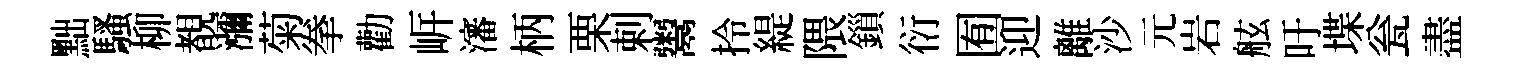
黜騷柳覩瀰菊拳勸㟁瀋柄栗剌鬻拎緹隈鎻衍囿迎離沙元岩舷吁堞瓮盡